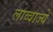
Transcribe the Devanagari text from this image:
लाव्वाज्ये